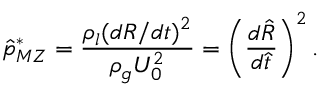
\hat { p } _ { M Z } ^ { * } = \frac { \rho _ { l } ( d R / d t ) ^ { 2 } } { \rho _ { g } U _ { 0 } ^ { 2 } } = \left( \frac { d \hat { R } } { d \hat { t } } \right) ^ { 2 } .